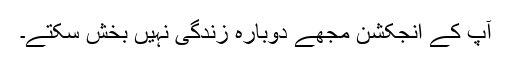
آپ کے انجکشن مجھے دوبارہ زندگی نہیں بخش سکتے۔